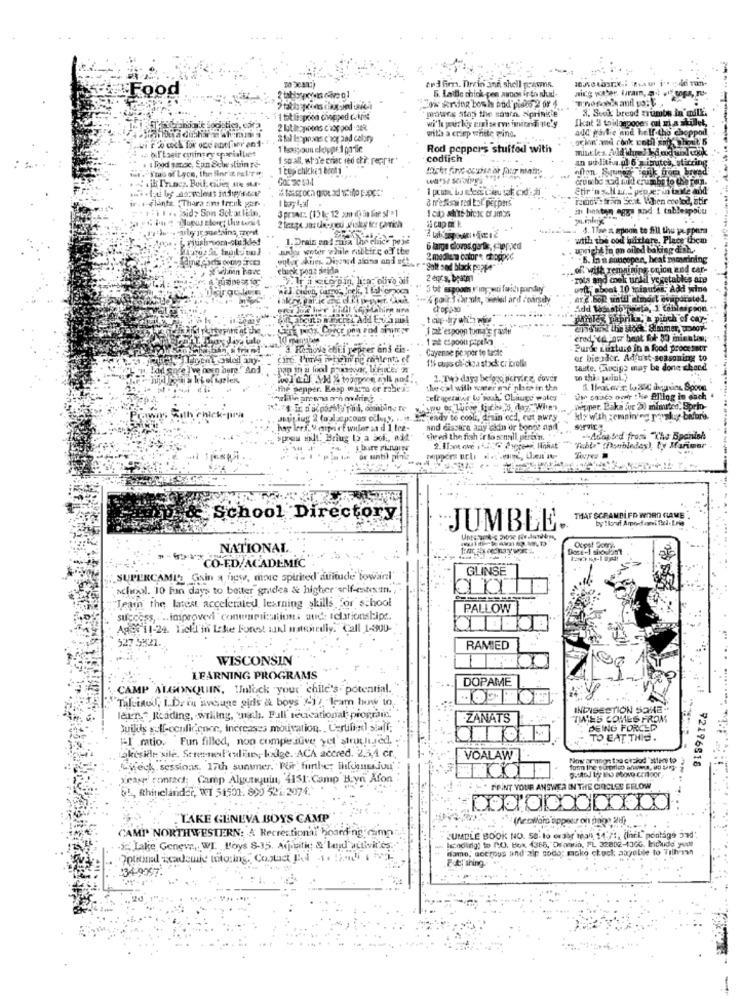
Food
två fim. Drain and shell prawns.
5. Ladle chick-pes arnos ir to shut !-
aicg water, bram,
protre atop the sasia. aprinie
3. Suck brend triambs in' milli
1 tablespoon chopped calnie
zastilet,
odistica, cora
2 latitapoons chop ped .Bek
wi'lu pour kis erise ry inindi ve'y
write a crisp white mind.
ade partie and helf tho choppod
orion' amd conk conil sifs berit 6
... oftheir cylingry epociallice
Rod pepper's stuffed with
1 Food sauce, San Sole stuin re-
I so all, at o'e criac red chi: peppar"
codfish
an politics ul 6 x igutes, stirring
I'mo of Lyce, the finr & raL'T"
1 cup chicken booti
Etir'n %Ilar.2 pep wer in taste and'
& n'estos red Lol peppers
remove from Scat When enelod, stir
Thara ams frenk gen ..
in hesten agya and 1 tablespoon
4. Tiae a spoon to fill the peppers
riush som-studded
1.Drain andcura Che chice pese
with the ood quittare, Place them
salu voter while rabbire off the
6 large cloves.garth, chopped
upright in on oiled baking dish.
2 modie w ostor * chopped
-B. In a concopen, heat morning
"galt sed black poppe
of will remaining onion and car-
2 eur's, beata
mots and cook until vegetables ans
unit boot 10 minutes, Add wine
AT 2.bon until alindet evaporated.
pimlex paprika, a pinch of car-
1 = cspoon papela
cred, Ya low heat fot 30 minutos;
3. Remove chili pepper and dis-
Cayenne posper to taste
Parfe Luizture in a food processor
Meil any-
11% cups di'dioa stack cr icrothe
ar biealer. Adjust seasoning to
ladi gnce I've been here And
tante, mixips may be done cheed
1.37 ler
1. Two days belggo pervir &, dover
w this point ?
-the pepper. Eesp wasza or rabes:
the cal with wwer mor phes in the
& theaterz. b &40 degrees. Spoon
zelrygeniwr W wouk, CLiuge wales
Za cases over the filllog in each
pepper. Baka fur 2) minutes, Sprlo-
chick-
, soit iug 2 taal apcons odhyy, .. . . eady to cool, douin ccd, cut awry
kly with xempining paralug bafaro.
and dissara any ekin er bonne and
sprou wit. Briug b a aol ., ost
sheer the fish ir lo senall stra'n.
-Ados Sed from "The Spanish
2. Ilse one
"""abla" (Dobledes), by Marimer
or until pinie
School Directory
THAT SCRAMBIFD WORD GAME
by Ilonof Amordageni Thed. Lois
JUMBLE.
NATIONAL
Doctel showbist
CO-ED/ACADEMIC
GLINSE
SUPERCAMI'L Gain a few, minic spirited atitude towarl'
school. 10 fun days to better gnidea & higher erlf-einesm.
"Team the latest accelerated learning skills for school
PALLOW
success, ... improvevi contaminationa aud: Iclarionships.
Aper 11-24. Tiell'in Icke Forest auxl matenrally."Call 1-4900-
527 5421.
RAMIED
WISCONSIN
LEARNING PROGRAMS
DOPAME
,CAMP ALGONQUIN. Inlock your child's- potential.
Talcinol, L.Drie avouge gids & boys "-17, leam how to,
INDISECTION SOHE-
lernf Reading, writing, nach. Fall recicational program.
ZANATS
TWLES COMES FROM
builds self-confidence, increases motivation. . Certifi;xl staff;
BEING FORCED
-I .mtio. Fun filled, non compejuve yel structured. :
TO EAT THIS .
Lakeside sile. Strened'culiar, lodge. ACA ared. 251
VOALAW
Now arangn tsa circlod "slere to
Check sessions. 17th sunner, Por further Ihlenmajon'
92196518
case conrads; Camp Algunsquin, 4151. Camp B:yn Afon
81, Rhinelander, WT 51501. 890 521-2074.
PRINT YOUR ANSWER IN THE CIRCLES BELOW
TAKE GENEVA BOYS CAMP
(fecwars appear on page 20
CAMI. NORTHWESTERN: A Recreational boarding camp
ZUMELE BOOK NO. 58.lo order mhall, 14"" :, (lnrL" pontage 39d'
-12 Lake Geneva, WI. Boys 8-15. Aprcitic & Leyd'activités ..
dame, acerous and zie codo; moko check aagable to Tilhinn
Handling: to PO. Box 1366, OFamin, FL 32802-130G. kichide yudt
134-9997.
-